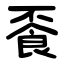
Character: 䬩